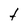
Character: t